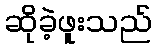
ဆိုခဲ့ဖူးသည်